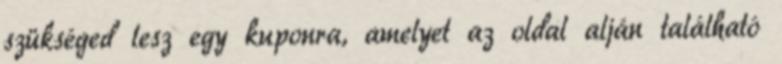
szükséged lesz egy kuponra, amelyet az oldal alján található